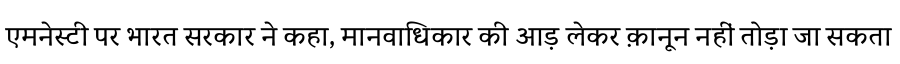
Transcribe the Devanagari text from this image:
एमनेस्टी पर भारत सरकार ने कहा, मानवाधिकार की आड़ लेकर क़ानून नहीं तोड़ा जा सकता